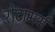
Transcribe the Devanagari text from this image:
रोटामर्स